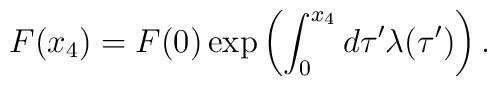
F(x_4) = F(0) \exp \left( \int^{x_4}_0 d \tau' \lambda(\tau') \right).